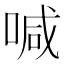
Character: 喊